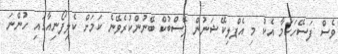
ވެސް ފަސޭހަކަމާ އެކު މި އެޕްލިކޭޝަނުން ފޭސްބުކް ބޭނުންކުރެވޭނެ ކަމަށް ކެލިފޯނިއާގައި ހުންނަ